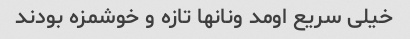
خیلی سریع اومد ونانها تازه و خوشمزه بودند